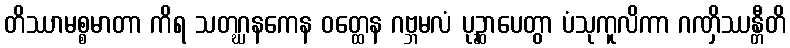
တိဿာမစ္စမာတာ ကိရ သတဂ္ဃနကေန ဝတ္ထေန ဂဗ္ဘမလံ ပုဉ္ဆာပေတွာ ပံသုကူလိကာ ဂဏှိဿန္တီတိ